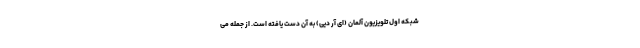
شبکه اول تلویزیون آلمان (ای آر دیی) به آن دست یافته است. از جمله می